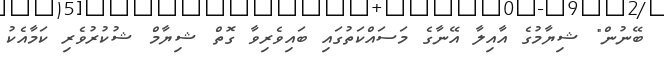
ބޭނުން" ޝިޔާމުގެ އާއިލާ އޭނާގެ މަސައްކަތުގައި ބައިވެރިވާ ގޮތް ޝިޔާމް ޝުކުރުވެރި ކަމާއެކު